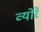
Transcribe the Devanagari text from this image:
व्योरे